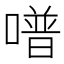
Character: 𠽾